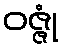
ဝဇ္ဇုံ